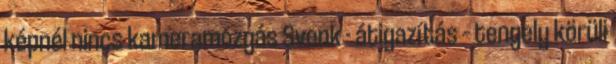
képnél nincs kameramozgás Svenk - átigazítás – tengely körüli